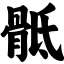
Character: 骶